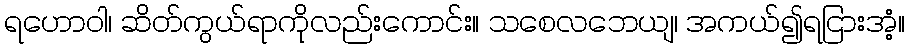
ရဟောဝါ၊ ဆိတ်ကွယ်ရာကိုလည်းကောင်း။ သစေလဘေယျ၊ အကယ်၍ရငြားအံ့။